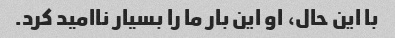
با این حال، او این بار ما را بسیار ناامید کرد.